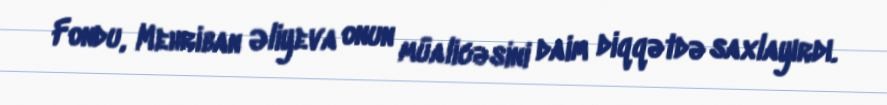
Fondu, Mehriban Əliyeva onun müalicəsini daim diqqətdə saxlayırdı.